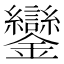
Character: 鑾